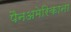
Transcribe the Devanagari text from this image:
पैनअमेरिकाना